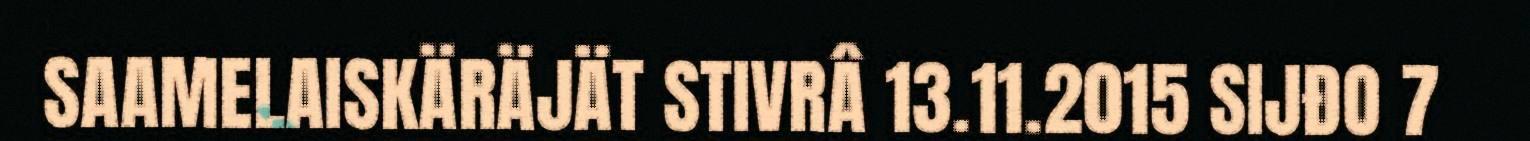
SAAMELAISKÄRÄJÄT STIVRÂ 13.11.2015 SIJĐO 7